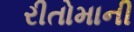
રીતોમાની